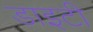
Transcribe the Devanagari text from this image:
डाइटी